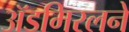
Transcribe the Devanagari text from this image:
ॲडमिरलने